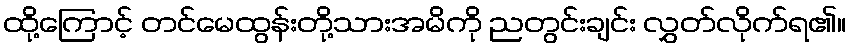
ထို့ကြောင့် တင်မေထွန်းတို့သားအမိကို ညတွင်းချင်း လွှတ်လိုက်ရ၏။